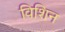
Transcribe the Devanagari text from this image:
विशिन